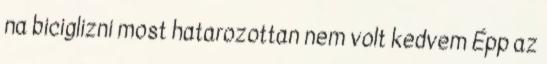
na biciglizni most hatarozottan nem volt kedvem Épp az